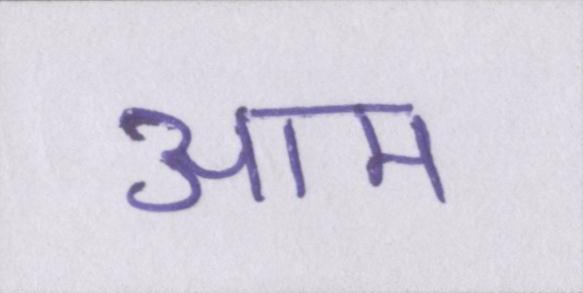
आम